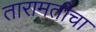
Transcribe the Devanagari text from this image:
तारामतीचा